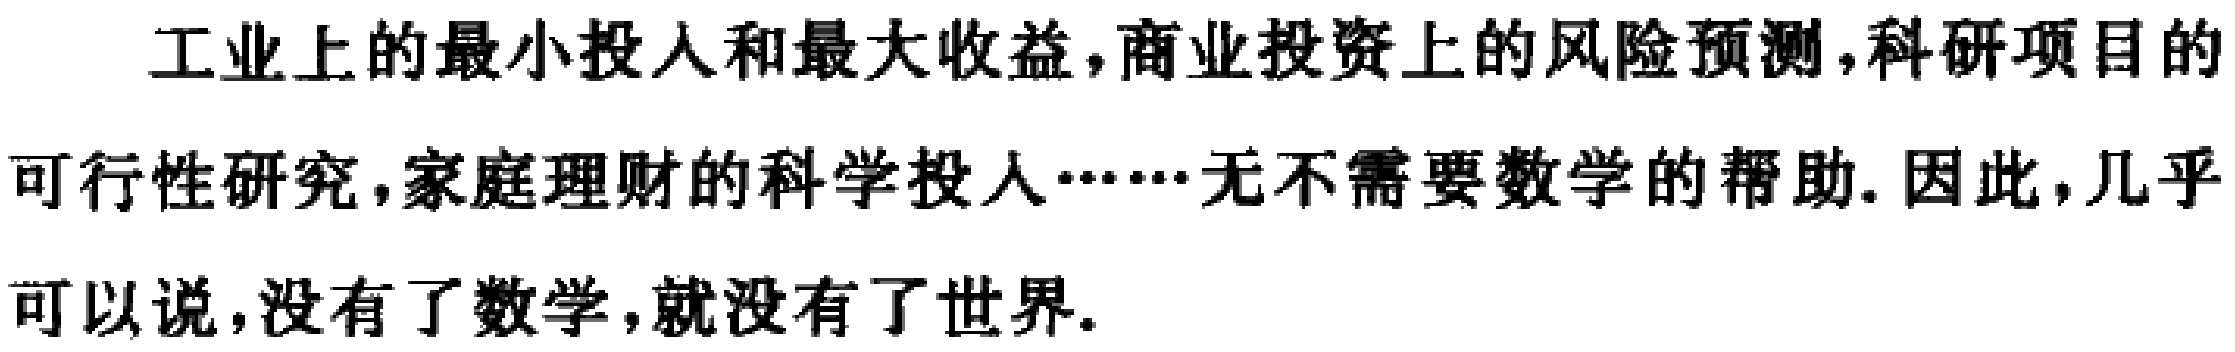
工业上的最小投入和最大收益，商业投资上的风险预测，科研项目的可行性研究，家庭理财的科学投入……无不需要数学的帮助. 因此，几乎可以说，没有了数学，就没有了世界.